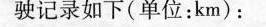
驶记录如下(单位：km)：